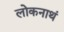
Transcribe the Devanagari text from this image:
लोकनाथं